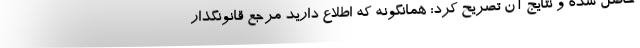
حاصل شده و نتایج آن تصریح کرد: همانگونه که اطلاع دارید مرجع قانونگذار